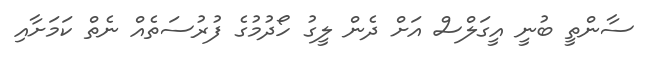
ސާންތީ ބުނީ އީގަލްސް އަށް ދެން ލީގު ހޯދުމުގެ ފުރުސަތެއް ނެތް ކަމަށާއި